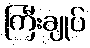
ကြီးချုပ်